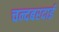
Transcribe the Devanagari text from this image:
चन्दबरदाई